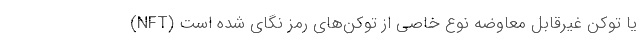
(NFT) یا توکن غیرقابل معاوضه نوع خاصی از توکن‌های رمز نگای شده است